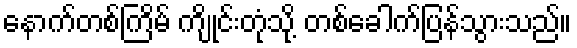
နောက်တစ်ကြိမ် ကျိုင်းတုံသို့ တစ်ခေါက်ပြန်သွားသည်။